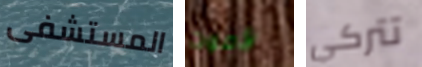
المستشفى لأموت تتركي